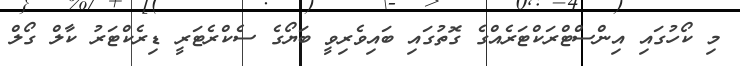
މި ކޯހުގައި އިންސްޓްރަކްޓަރެއްގެ ގޮތުގައި ބައިވެރިވީ ބަޔޯގެ ސެކްރެޓަރީ ޑިރެކްޓަރު ކާލް ގޯލް